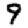
Digit: 9